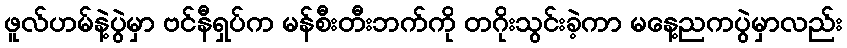
ဖူလ်ဟမ်နဲ့ပွဲမှာ ဗင်နီရှပ်က မန်စီးတီးဘက်ကို တဂိုးသွင်းခဲ့ကာ မနေ့ညကပွဲမှာလည်း